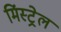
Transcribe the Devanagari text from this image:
मिंस्ट्रेल